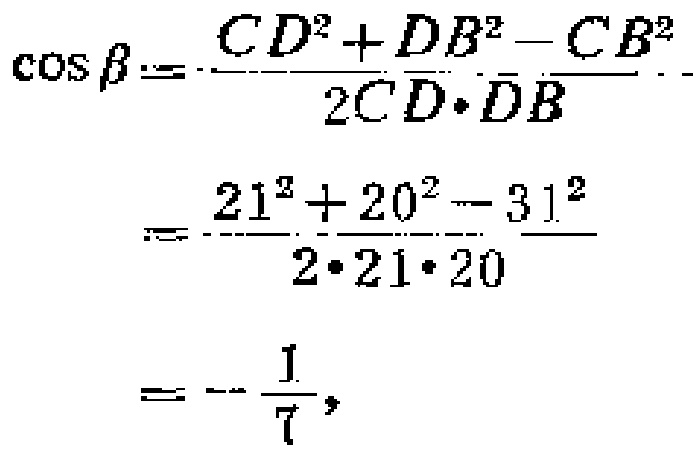
\[\begin{align*}
\cos\beta&=\frac{CD^{2}+DB^{2}-CB^{2}}{2CD\cdot DB}\\
&=\frac{21^{2}+20^{2}-31^{2}}{2\cdot21\cdot20}\\
&=-\frac{1}{7},
\end{align*}\]